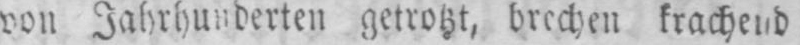
von Jahrhunderten getrotzt, brechen krachend